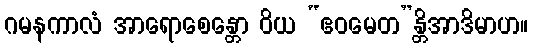
ဂမနကာလံ အာရောစေန္တော ဝိယ “ဧဝမေတ”န္တိအာဒိမာဟ။